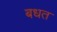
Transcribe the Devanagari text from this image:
बधत